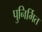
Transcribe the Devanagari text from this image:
पुनिर्मित